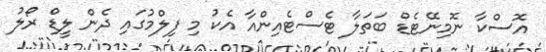
އޮސްކާ ނޮމިނޭޓެޑް ބަތަލާ ޓެސްޓެއިންއާ އެކު މި ފިލްމުގައި ދެން ލީޑް ރޯލު